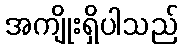
အကျိုးရှိပါသည်